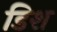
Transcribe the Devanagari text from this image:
डिश